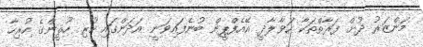
މަންޒަރު ދުށް ފަރާތްތަކާ ހަވާލާދީ އޭއެފްޕީން ބުނެފައިވަނީ އަދަންގައި ހުރި ހޫޘީންގެ ހުރިހާ